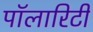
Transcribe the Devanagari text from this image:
पॉलारिटी